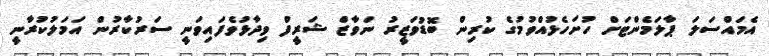
އެމައްސަލަ ޕާލަމެންޓަށް ހުށަހެޅުއްވުމުގެ ކުރިން ބޮޑުވަޒީރު ނަވާޒް ޝަރީފް ވިދާޅުވެފައިވަނީ ސަރުކާރުން އަމަލުކުރާނީ